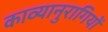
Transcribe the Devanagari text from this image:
काव्यानुरागियों